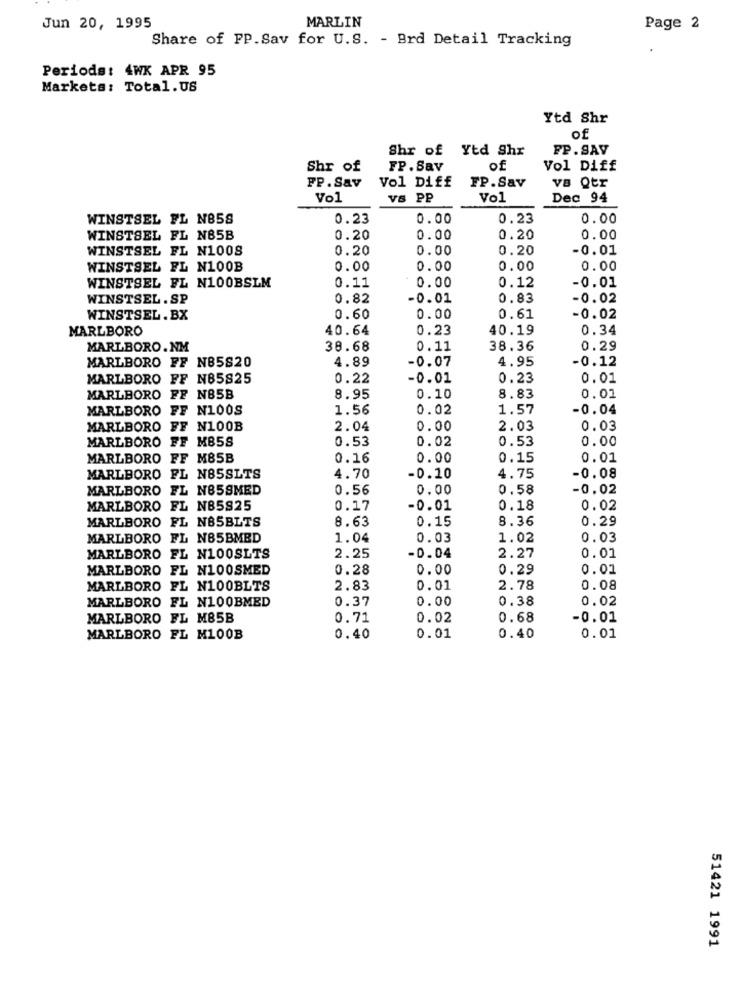
Jun 20, 1995
MARLIN
Page 2
Share of FP.Sav for U.S. - Brd Detail Tracking
Periods: 4WK APR 95
Markets: Total.US
Ytd Shr
of
Shr of Ytd Shr
FP.SAV
Shr of
FP. Sav
of
Vol Diff
FP . Sav
Vol Diff
VB Qtr
FP.Sav
Vol
VS PP
Vol
Dec 94
WINSTSEL FL N858
0.23
0.00
0.23
0.00
WINSTSEL FL N85B
0.20
0.00
0.20
0.00
WINSTSEL FL N1008
0.20
0.00
0.20
-0.01
WINSTSEL FL N100B
0.00
0.00
0.00
0.00
0.00
0.12
-0.01
WINSTSEL FL N100BSLM
0.11
WINSTSEL .SP
0.82
-0.01
0.83
-0.02
WINSTSEL .BX
0.60
0.00
0.61
-0.02
MARLBORO
40.64
0.23
40.19
0.34
MARLBORO.NM
38.68
0.11
38.36
0.29
MARLBORO FF NB5820
4.89
-0.07
4.95
-0.12
MARLBORO FF N85825
0.22
-0.01
0.23
0.01
MARLBORO FF NB5B
8.95
0.10
8.83
0.01
MARLBORO
FF N100S
1.56
0.02
1.57
-0.04
MARLBORO FF N100B
2.04
0.00
2.03
0.03
MARLBORO FF MB5S
0.53
0.02
0.53
0.00
MARLBORO FF M85B
0.16
0.00
0.15
0.01
MARLBORO FL N85SLTS
4.70
-0.10
4.75
-0.08
MARLBORO FL N858MED
0.56
0.00
0.58
-0.02
MARLBORO FL N85825
0.17
-0.01
0.18
0.02
MARLBORO FL N85BLTS
8.63
0.15
8.36
0.29
MARLBORO FL N85BMED
1.04
0.03
1.02
0.03
MARLBORO
FL N100SLTS
2.25
-0.04
2.27
0.01
MARLBORO
FL N100SMED
0.28
0.00
0.29
0.01
MARLBORO FL N100BLTS
2.83
0.01
2.78
0.08
MARLBORO FL N100BMED
0.37
0.00
0.38
0.02
MARLBORO FL M85B
0.71
0.02
0.68
-0.01
MARLBORO FL M100B
0.40
0.01
0.40
0.01
51421 1991